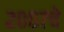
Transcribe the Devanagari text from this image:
२००७चे